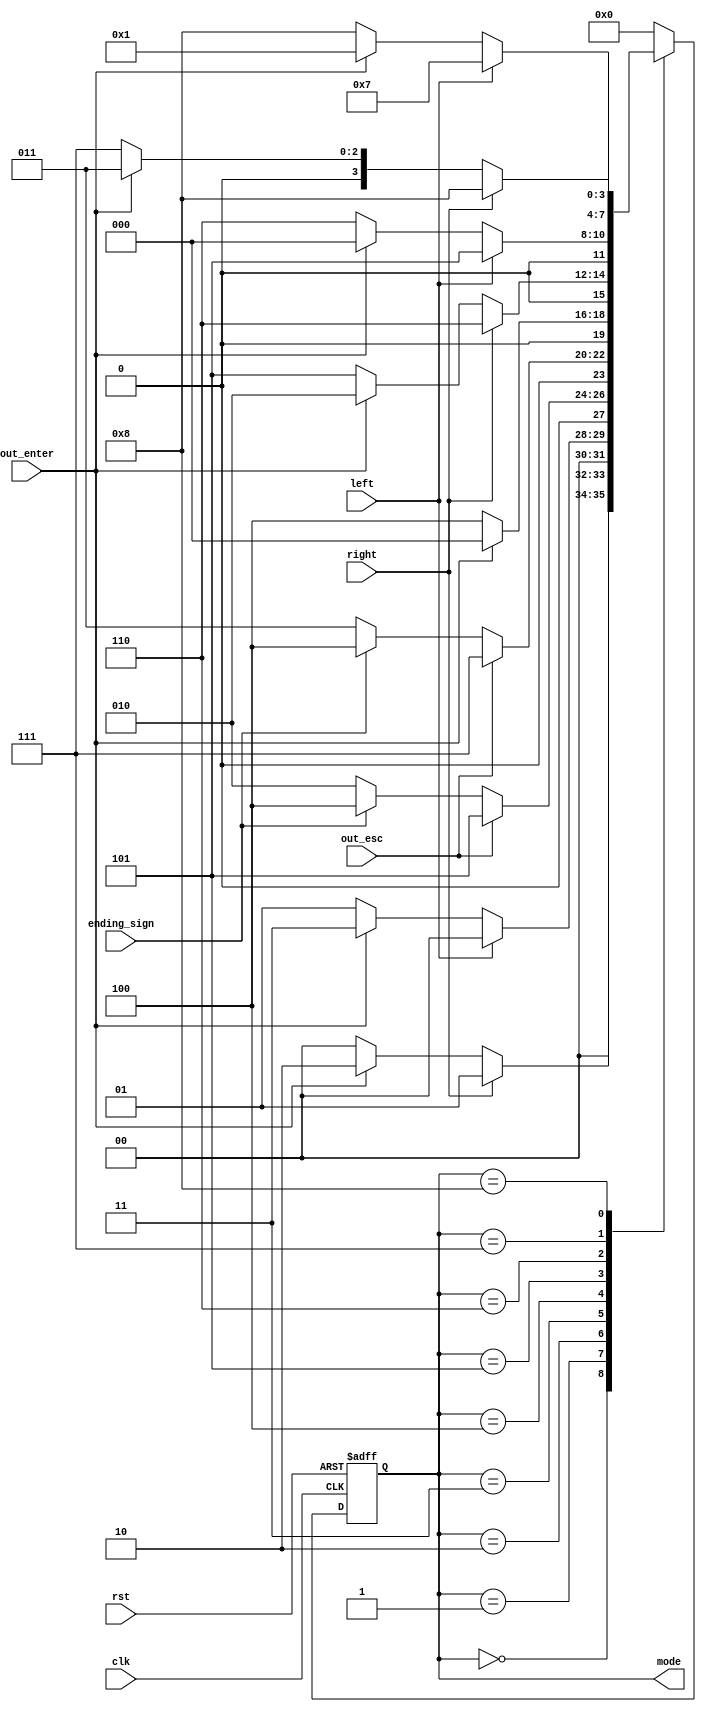
`timescale 1ns / 1ps
`define sel_song1 4'b0000
`define sel_song2 4'b0001
`define play1 4'b0010
`define play2 4'b0011
`define ending 4'b0100
`define play1_ps 4'b0101
`define play1_pm 4'b0110
`define play2_ps 4'b0111
`define play2_pm 4'b1000
 
module FSM(
    input rst,
    input clk,
    input right,
    input left,
    input out_esc,
    input out_enter,
    input ending_sign,
    output reg [3:0] mode
    );

reg [3:0] mode_next;
reg [2:0] JA_next;

always@*
begin
case (mode)
`sel_song1:
    if (right)                                          //move to menu : select song2
    begin
        mode_next = `sel_song2;                  
    end
    else if (out_enter)                                 //move to play : song1
    begin
        mode_next = `play1;       
    end
    else                                                //menu : select song1
    begin
        mode_next = `sel_song1;                        
    end
`sel_song2:
    if (left)                                           //move to menu : select song1
    begin
        mode_next = `sel_song1;                   
    end
    else if (out_enter)                                 //move to play : song2
    begin
        mode_next = `play2;             
    end
    else                                                //menu : select song2
    begin
        mode_next = `sel_song2;                        
    end
`play1:
    if (out_esc)                                        //puase : resume @ play : song1
    begin
        mode_next = `play1_ps;                 
    end
    else if (ending_sign)                               //move to ending : song1 
    begin
        mode_next = `ending;     
    end
    else                                                //play : song1 
    begin
        mode_next = `play1;                            
    end
`play2:
    if (out_esc)                                        //pause : resume @play : song2 
    begin
        mode_next = `play2_ps;                 
    end
    else if (ending_sign)                               //move to ending : song2 
    begin
        mode_next = `ending;     
    end
    else                                                //play : song2 
    begin
        mode_next = `play2;                            
    end
`ending:
    if (out_enter)                                      //move to menu : select song1 
    begin
        mode_next = `sel_song1;              
    end
    else                                                //ending
    begin
        mode_next = `ending;                           
    end
`play1_ps:  
    if (right)                                          //move to pause : menu @ play : song1    
    begin
        mode_next = `play1_pm;                      
    end
    else if (out_enter)                                 //move to play : song1 
    begin
        mode_next = `play1;             
    end
    else                                                //move to pause : resume @ play : song1
    begin
        mode_next = `play1_ps;                         
    end
`play1_pm:
    if (left)                                           //move to pause : resume @ play : song1 
    begin
        mode_next = `play1_ps;                    
    end
    else if (out_enter)                                 //move to play : song1 
    begin
        mode_next = `sel_song1;                        
    end
    else                                                //move to pause : menu @ play : song1 
    begin
        mode_next = `play1_pm;                          
    end
`play2_ps:
    if (right)                                          //move to pause : menu @ play : song2 
    begin
        mode_next = `play2_pm;                     
    end
    else if (out_enter)                                 //move to play : song2 
    begin
        mode_next = `play2;             
    end
    else                                                //move to pause : resume @ play : song2 
    begin
        mode_next = `play2_ps;                         
    end
`play2_pm:
    if (left)                                           //move to pause : resume @ play : song2 
    begin
        mode_next = `play2_ps;                    
    end
    else if (out_enter)                                 //move to play : song2 
    begin
        mode_next = `sel_song2;                    
    end
    else                                                //move to pause : menu @ play : song2  
    begin
        mode_next = `play2_pm;                         
    end
default : 
begin
    mode_next = `sel_song1;
end
endcase
end
    
always@ (posedge clk or posedge rst)
if (rst) 
begin
    mode <= `sel_song1;
end
else 
begin
    mode <= mode_next;    
end
endmodule